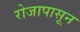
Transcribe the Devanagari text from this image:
रोजापासून